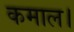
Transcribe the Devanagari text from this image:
कमाल।